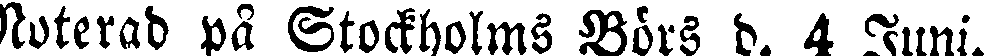
Noterad på Stockholms Börs d. 4 Juni.